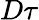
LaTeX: D\tau